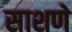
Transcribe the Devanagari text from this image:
साशणे